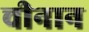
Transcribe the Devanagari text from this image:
चीनान